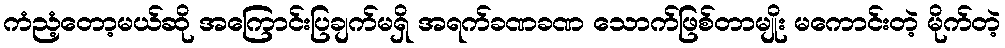
ကံညံ့တော့မယ်ဆို အကြောင်းပြချက်မရှိ အရက်ခဏခဏ သောက်ဖြစ်တာမျိုး မကောင်းတဲ့ မိုက်တဲ့